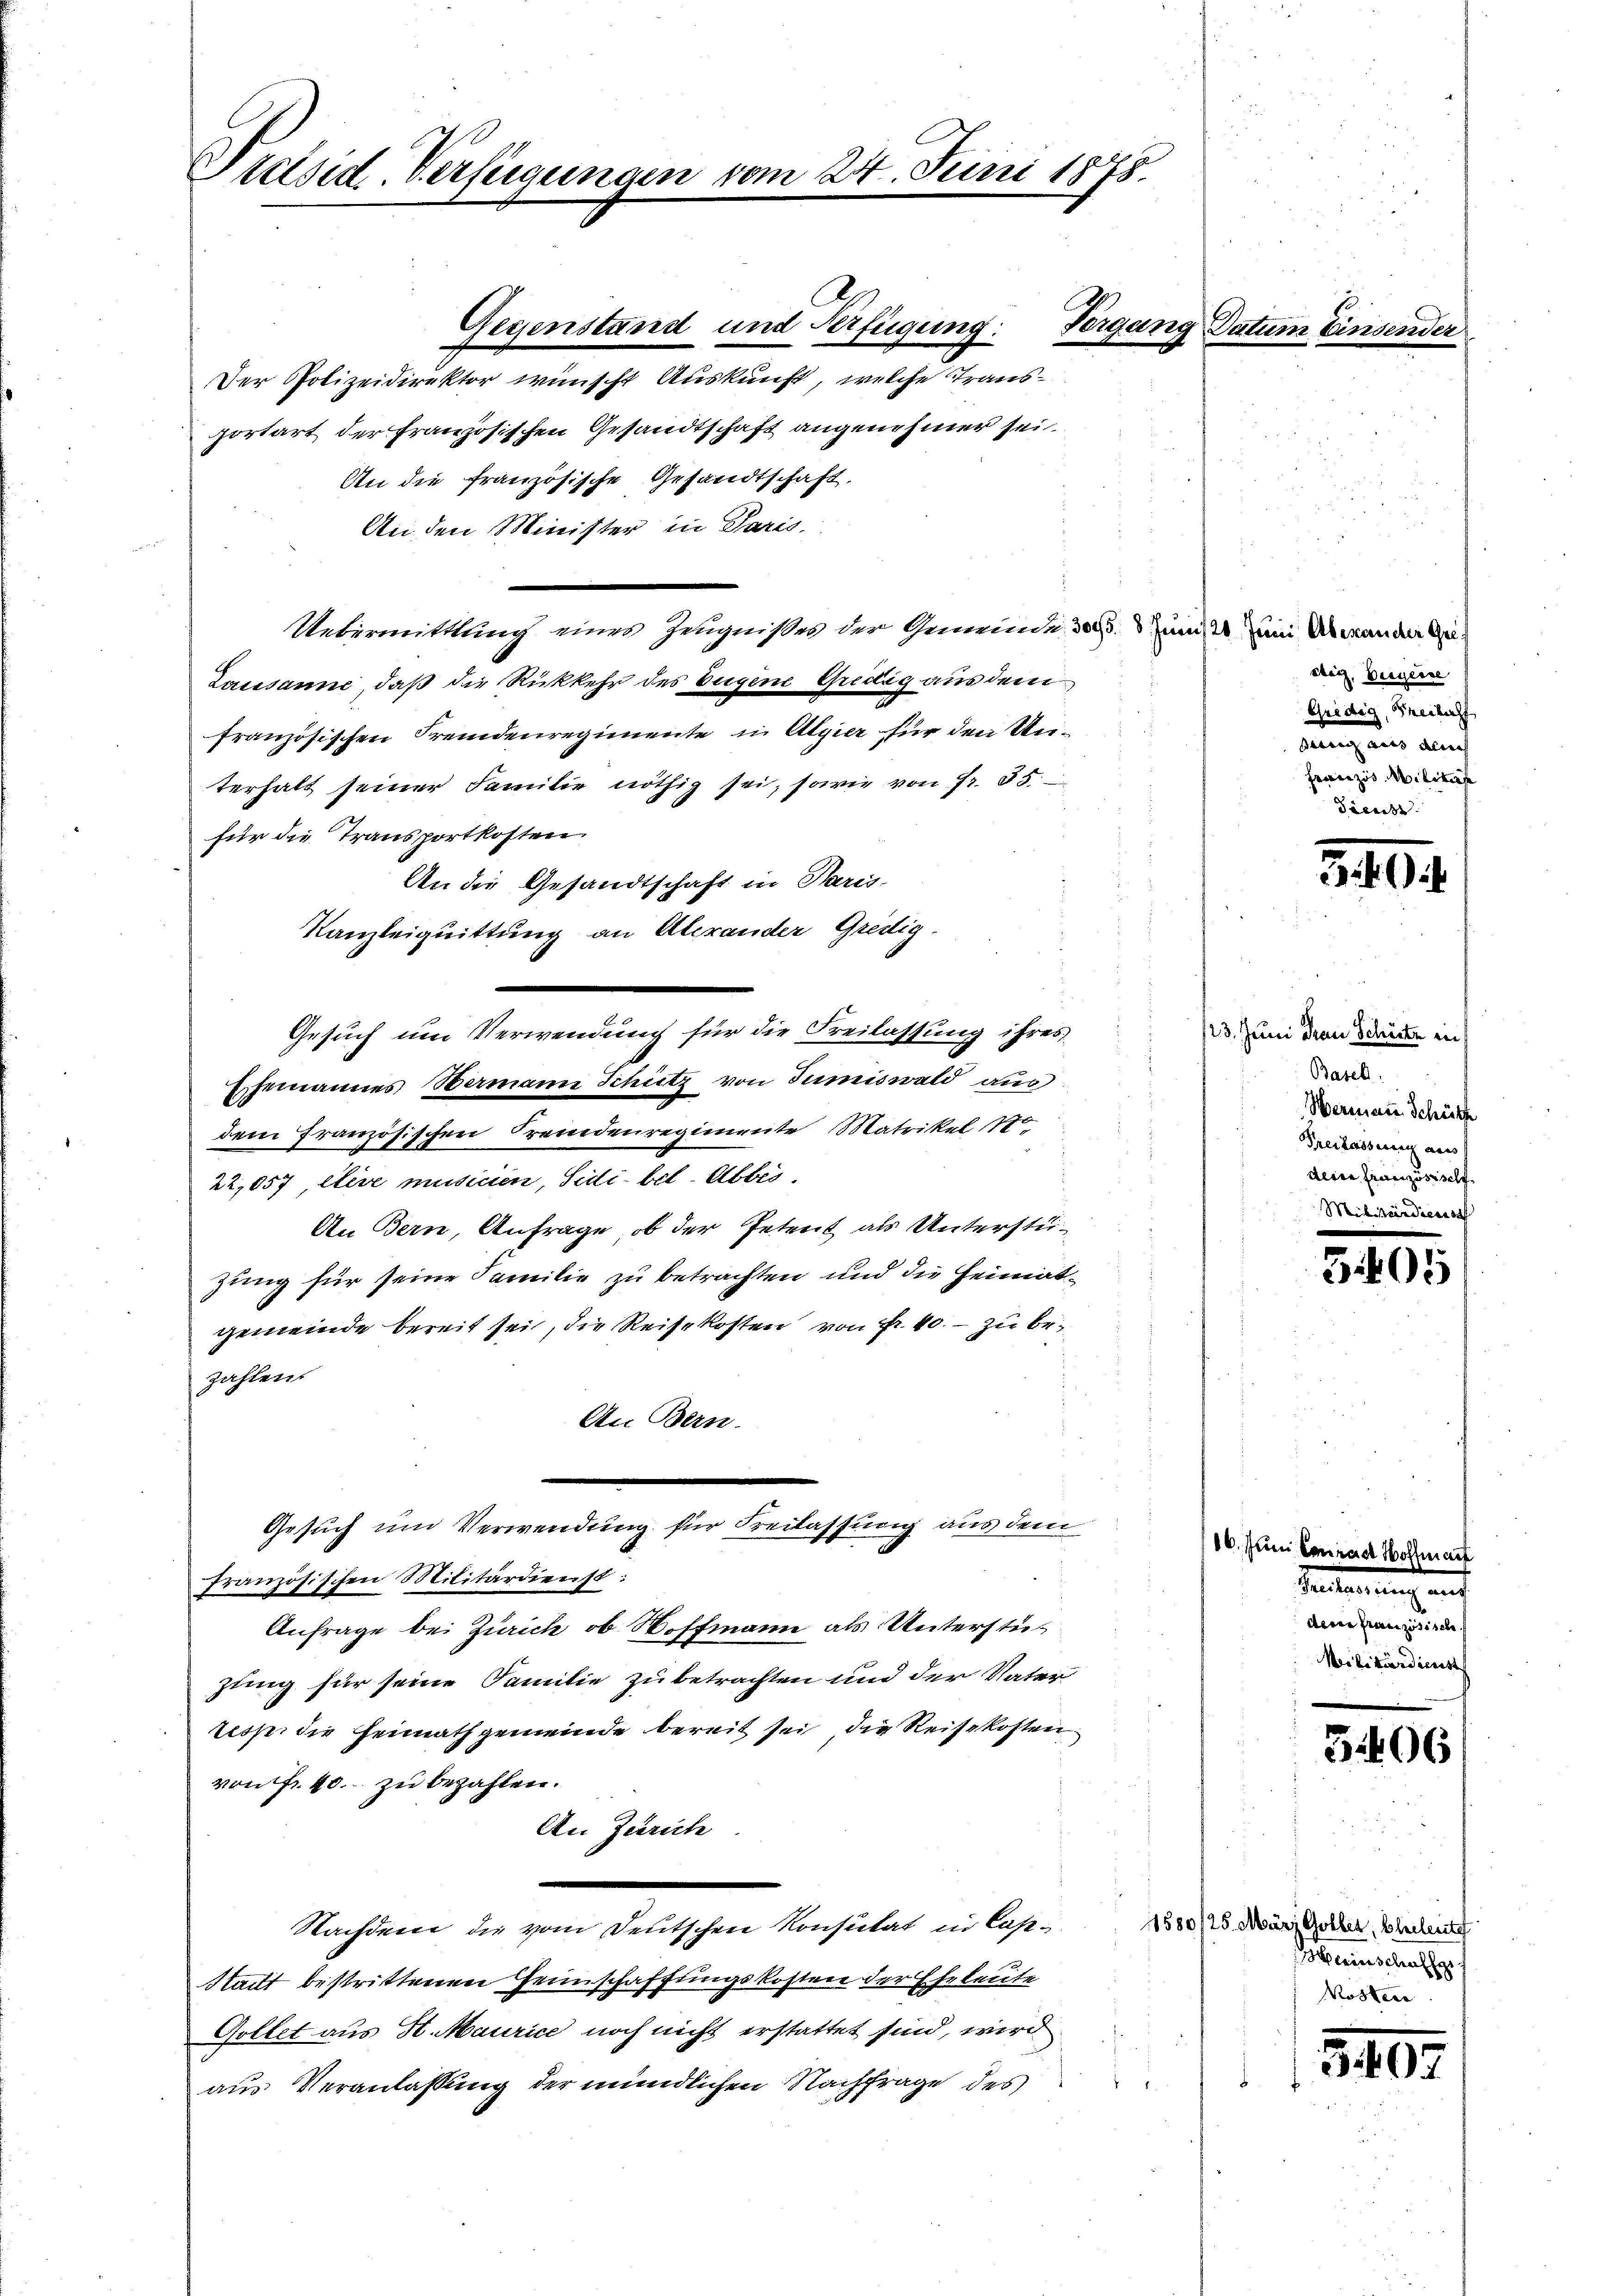
Präsid. Verfügungen

Der Polizeidirektor wünscht Auskunft, welche Transportart der Französischen Gesandtschaft angenehmer sei.
An die französische Gesandtschaft.
An den Minister in Paris.
Uebermittlung eines Zeugnißes der Gemeinde des und es zum Unwanden Ge-
Lausanne, daß die Rückkehr des Eugene Gredig aus dem
französischen Fremdenregimente in Algier für den Unterhalt seiner Familie nöthig sei, sowie von fr. 35.
für die Transportkosten
An die Gesandtschaft in Paris-
Kanzleiquittung an Abrander Gredig
Gesuch um Verwendung für die Freilassung ihres
Ehemannes Wermann Schütz von Tumiswald aus
dem französischen Fremdenregimente Matrikel 180
22,057, itere musicien, Sidi-bet. Abbio.
An Bern, Anfrage, ob der Petent als Unterstüzung für seine Familie zu betrachten und die Heimatgemeinde bereit sei, die Reisekosten von Fr. 40. – zu bezahlen.
An Bern.
Gesuch um Verwendung für Freilassung aus dem
Französischen Militärdienst:
Anfrage bei Zürich, ob Hoffmann als Unterstüzung für seine Familie zu betrachten und der Vater
tesp. die Heimathgemeinde bereit sei, die Reisekosten
von Fr. 40. zu bezahlen.
An Zürich
Nachdem die vom Deutschen Konsulat in Cas¬
Stadt bestrittenen Heimschaffungskosten der Eheleute
Gottet aus St. Maurice noch nicht erstattet sind, wird
aus Veranlassung der mündlichen Nachfrage des

Gegenstand und Verfügung: Vergang

vom 24. Juni 1878.

dler, Vergerre
Gredig, Theiles
Lungen au
Franzis Militärs

3 40

123. Juni Frau Schörte in
Basel
Wermann Schütz
Freilasserung auss
deine Französische
Militärdienst

31405

Tanten ange auf
dene Französische
Militärdienst

16. Juni Conrad Hollat

5406

1580/25. März Golber, Bleclesitz
Herinschaffe
Mosten

5407